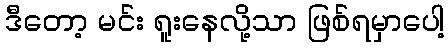
ဒီတော့ မင်း ရူးနေလို့သာ ဖြစ်ရမှာပေါ့